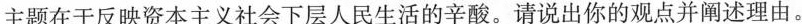
主题在于反映资本主义社会下层人民生活的辛酸。请说出你的观点并阐述理由。